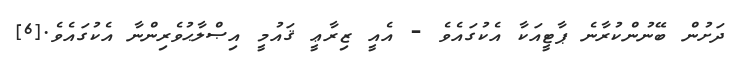
ދަށުން ބޭނުންކުރާނެ ޕާޓީއަކާ އެކުގައެވެ - އެއީ ޒިރާޢީ ޤައުމީ އިޞްލާޙުވެރިންނާ އެކުގައެވެ.[6]